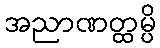
အညာဏတ္ထမ္ပိ